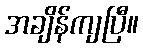
အချိန်ကျပြီ။